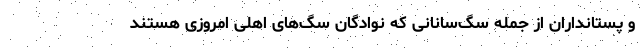
و پستانداران از جمله سگ‌سانانی که نوادگان سگ‌های اهلی امروزی هستند